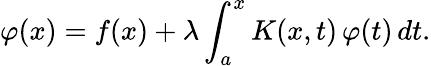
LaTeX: \varphi(x)=f(x)+\lambda\int_{a}^{x}K(x,t)\, \varphi(t)\, dt.